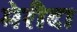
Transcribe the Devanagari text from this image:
मेरीदा